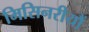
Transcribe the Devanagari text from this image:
मिसिनरीयौं